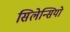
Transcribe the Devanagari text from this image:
सिलेन्सियो